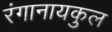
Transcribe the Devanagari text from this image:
रंगानायकुल